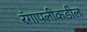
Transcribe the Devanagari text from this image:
रंगापलीकडील